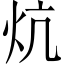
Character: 炕